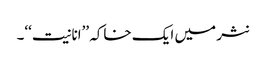
نثر میں ایک خاکہ ’’انانیت‘‘۔